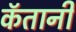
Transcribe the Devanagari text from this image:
कॅतानी